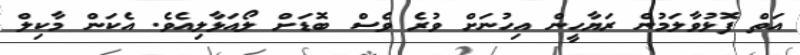
އަތް ފޮޅުވާލަމުން ރަޔާހީން އިހުނަށް ވުރެ ވެސް ބޮޑަށް ލޯއަޅާލިއެވެ. އެކަން މާކިލް